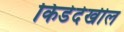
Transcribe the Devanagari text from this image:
किडेदेखील